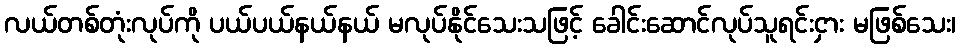
လယ်တစ်တုံးလုပ်ကို ပယ်ပယ်နယ်နယ် မလုပ်နိုင်သေးသဖြင့် ခေါင်းဆောင်လုပ်သူရင်းငှား မဖြစ်သေး၊